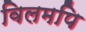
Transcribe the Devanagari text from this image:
विलमपि